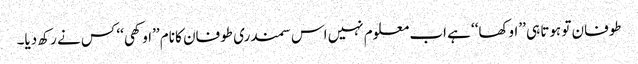
طوفان تو ہوتا ہی ’’اوکھا‘‘ ہے اب معلوم نہیں اس سمندری طوفان کا نام ’’اوکھی‘‘ کس نے رکھ دیا۔